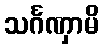
သင်္ဂဏှာမိ